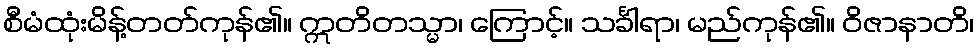
စီမံထုံးမိန့်တတ်ကုန်၏။ ဣတိတသ္မာ၊ ကြောင့်။ သင်္ခါရာ၊ မည်ကုန်၏။ ဝိဇာနာတိ၊